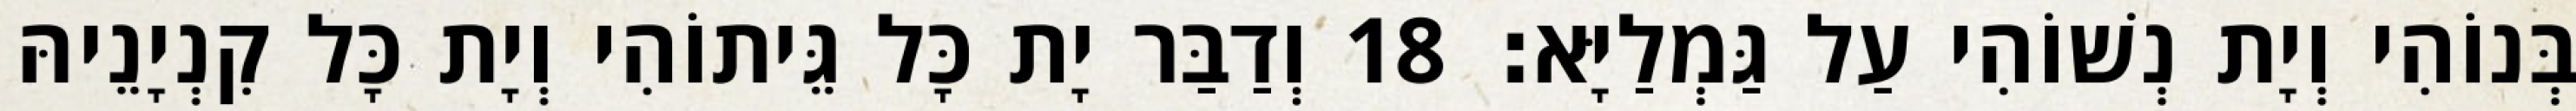
בְּנוֹהִי וְיָת נְשׁוֹהִי עַל גַּמְלַיָּא׃ 18 וְדַבַּר יָת כָּל גֵּיתוֹהִי וְיָת כָּל קִנְיָנֵיהּ